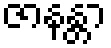
ဇာနန္တာ